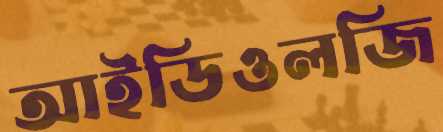
আইডিওলজি